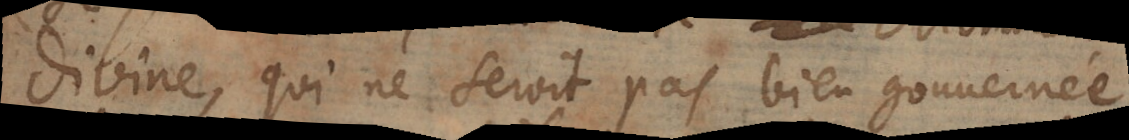
divine, qui ne seroit pas bien gouvernée